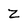
Character: Z